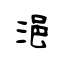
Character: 浥